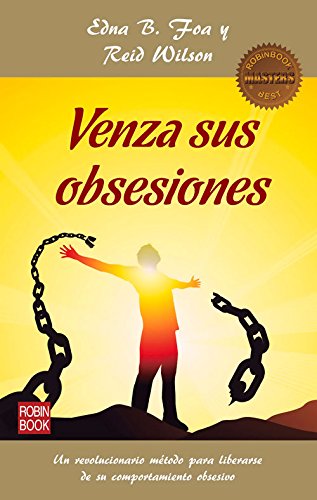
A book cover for Venza sus obsesiones (Masters/Salud) (Spanish Edition); Edna B. Foa; Health, Fitness & Dieting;